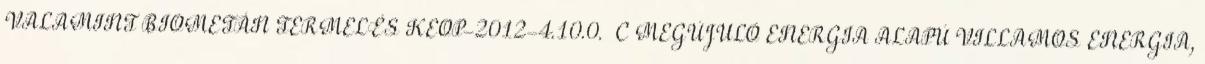
VALAMINT BIOMETÁN TERMELÉS KEOP-2012-4.10.0. C MEGÚJULÓ ENERGIA ALAPÚ VILLAMOS ENERGIA,